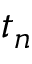
t _ { n }